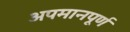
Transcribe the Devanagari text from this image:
अपमानपूर्ण